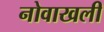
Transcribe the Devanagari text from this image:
नोवाखली